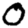
Digit: 0